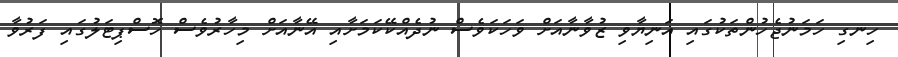
ހިނގި ހަމަނުޖެހުންތަކުގައި އަނިޔާވި ޒުވާނާއަށް ވަހަކަވެސް ނުދެއްކޭކަމަށާއި އޭނާއަށް މިހާރުވެސް ހޮސްޕިޓަލުގައި ފަރުވާ